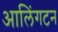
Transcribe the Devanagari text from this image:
आलिंगटन